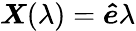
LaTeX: \boldsymbol{X}(\lambda)=\boldsymbol{\hat{e}}\lambda